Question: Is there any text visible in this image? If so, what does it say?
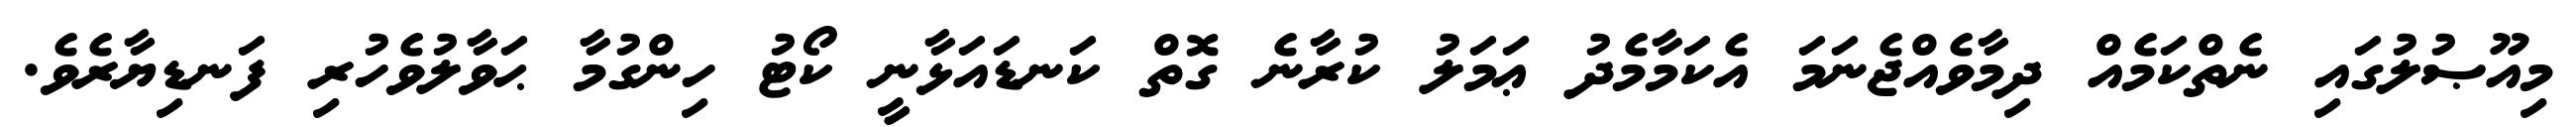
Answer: މިއޫޞުލުގައި ނެތްކަމެއް ދިމާވެއްޖެނަމަ އެކަމާމެދު ޢަމަލު ކުރާނެ ގޮތް ކަނޑައަޅާނީ ކޯޓު ހިންގުމާ ޙަވާލުވެހުރި ފަނޑިޔާރެވެ.